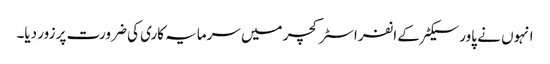
انہوں نے پاور سیکٹر کے انفراسٹرکچر میں سرمایہ کاری کی ضرورت پر زور دیا۔